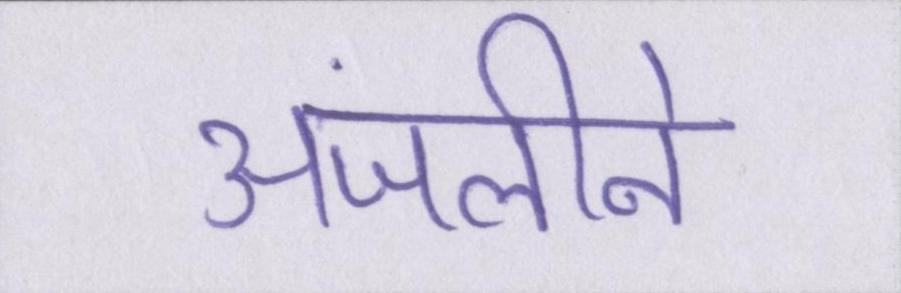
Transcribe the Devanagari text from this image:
अंजलीने